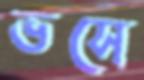
ভসে